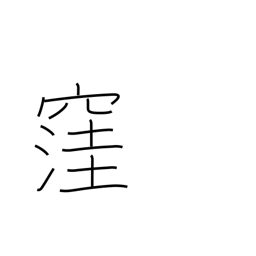
Meaning: cave in